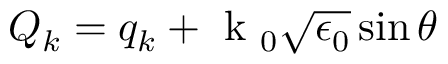
Q _ { k } = q _ { k } + \mathrm { ~ k ~ } _ { 0 } \sqrt { \epsilon _ { 0 } } \sin { \theta }